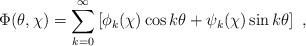
LaTeX: \begin{align*}\Phi(\theta,\chi)=\sum_{k=0}^{\infty}\left[\phi_k(\chi)\cos k\theta+\psi_k(\chi)\sin k\theta\right]~,\end{align*}